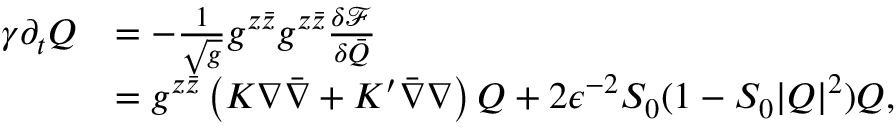
\begin{array} { r l } { \gamma \partial _ { t } Q } & { = - \frac { 1 } { \sqrt { g } } g ^ { z \bar { z } } g ^ { z \bar { z } } \frac { \delta \mathcal F } { \delta \bar { Q } } } \\ & { = g ^ { z \bar { z } } \left( K \nabla \bar { \nabla } + K ^ { \prime } \bar { \nabla } \nabla \right) Q + 2 \epsilon ^ { - 2 } S _ { 0 } ( 1 - S _ { 0 } | Q | ^ { 2 } ) Q , } \end{array}